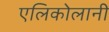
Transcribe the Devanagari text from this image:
एलिकोलानी